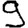
Digit: 9